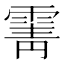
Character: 䨝